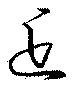
近